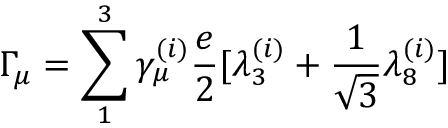
\Gamma _ { \mu } = \sum _ { 1 } ^ { 3 } \gamma _ { \mu } ^ { ( i ) } \frac { e } { 2 } [ \lambda _ { 3 } ^ { ( i ) } + \frac { 1 } { \sqrt { 3 } } \lambda _ { 8 } ^ { ( i ) } ]